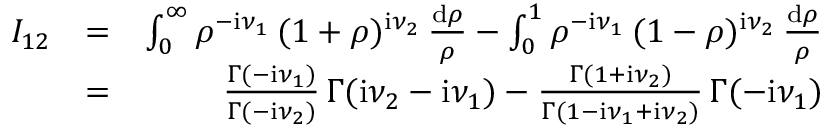
\begin{array} { r l r } { I _ { 1 2 } } & { = } & { \int _ { 0 } ^ { \infty } \rho ^ { - \mathrm { i } \nu _ { 1 } } \, ( 1 + \rho ) ^ { \mathrm { i } \nu _ { 2 } } \, \frac { \mathrm { d } \rho } { \rho } - \int _ { 0 } ^ { 1 } \rho ^ { - \mathrm { i } \nu _ { 1 } } \, ( 1 - \rho ) ^ { \mathrm { i } \nu _ { 2 } } \, \frac { \mathrm { d } \rho } { \rho } } \\ & { = } & { \frac { \Gamma ( - \mathrm { i } \nu _ { 1 } ) } { \Gamma ( - \mathrm { i } \nu _ { 2 } ) } \, \Gamma ( \mathrm { i } \nu _ { 2 } - \mathrm { i } \nu _ { 1 } ) - \frac { \Gamma ( 1 + \mathrm { i } \nu _ { 2 } ) } { \Gamma ( 1 - \mathrm { i } \nu _ { 1 } + \mathrm { i } \nu _ { 2 } ) } \, \Gamma ( - \mathrm { i } \nu _ { 1 } ) } \end{array}